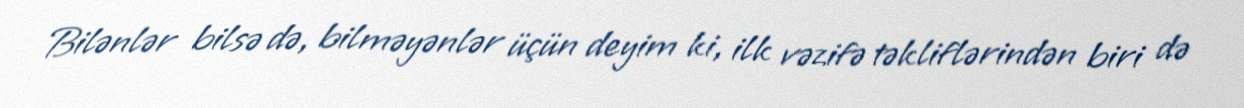
Bilənlər bilsə də, bilməyənlər üçün deyim ki, ilk vəzifə təkliflərindən biri də